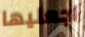
اجعليها